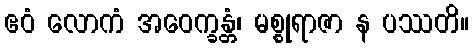
ဧဝံ လောကံ အဝေက္ခန္တံ၊ မစ္စုရာဇာ န ပဿတိ။